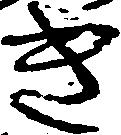
き